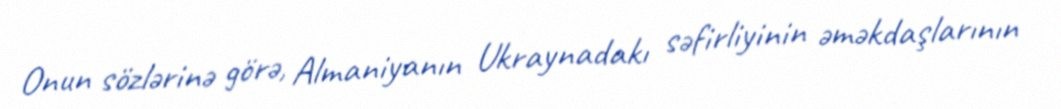
Onun sözlərinə görə, Almaniyanın Ukraynadakı səfirliyinin əməkdaşlarının